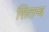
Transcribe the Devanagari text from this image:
सितम्ब